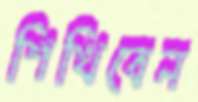
শিখিবেন